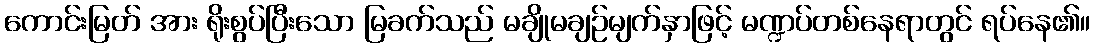
ကောင်းမြတ် အား ရိုးစွပ်ပြီးသော မြခက်သည် မချိုမချဉ်မျက်နှာဖြင့် မဏ္ဍပ်တစ်နေရာတွင် ရပ်နေ၏။